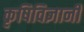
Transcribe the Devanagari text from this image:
कृषिविज्ञानी